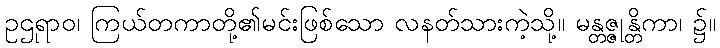
ဥဌုရာဝ၊ ကြယ်တကာတို့၏မင်းဖြစ်သော လနတ်သားကဲ့သို့။ မန္တဇ္ဇုန္တိကာ၊ ၌။